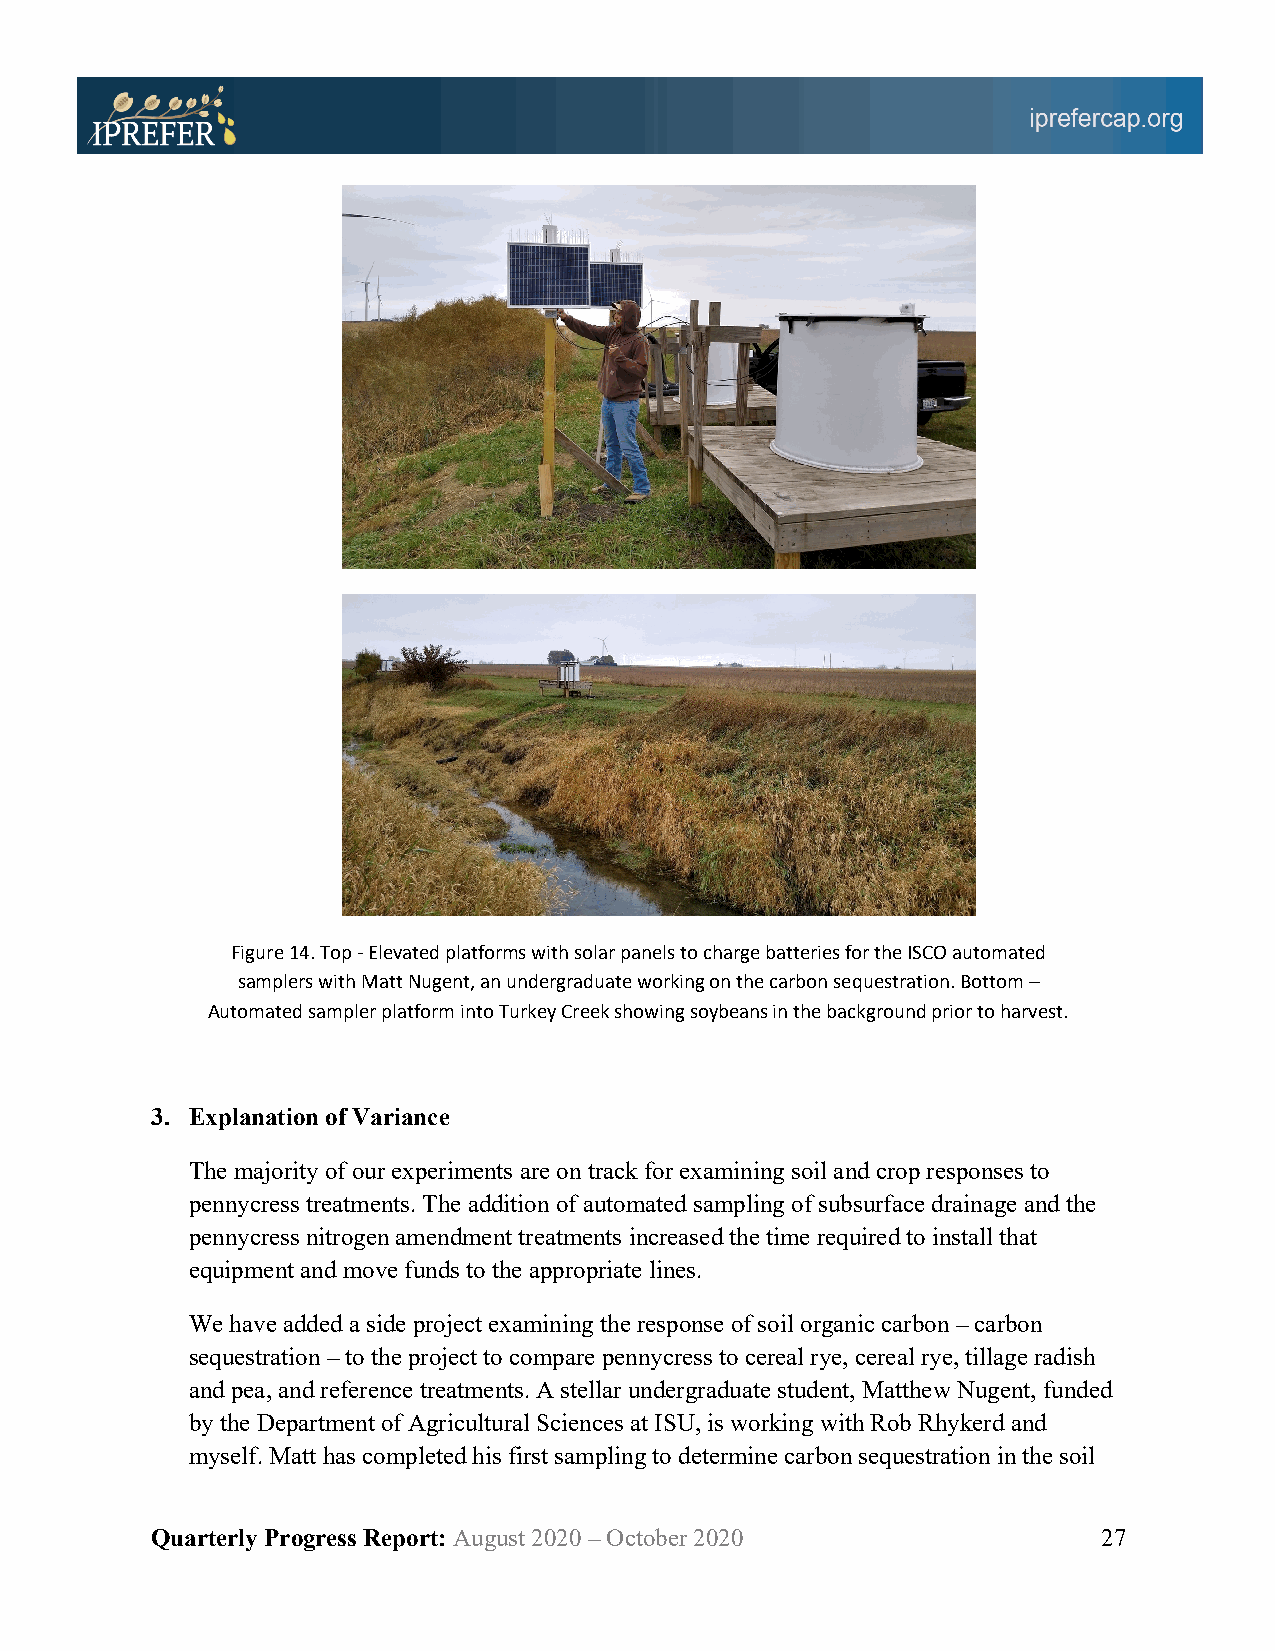
Figure 14. Top - Elevated platforms with solar panels to charge batteries for the ISCO automated
 samplers with Matt Nugent, an undergraduate working on the carbon sequestration. Bottom –
 Automated sampler platform into Turkey Creek showing soybeans in the background prior to harvest.
 3. Explanation of Variance
 The majority of our experiments are on track for examining soil and crop responses to
 pennycress treatments. The addition of automated sampling of subsurface drainage and the
 pennycress nitrogen amendment treatments increased the time required to install that
 equipment and move funds to the appropriate lines.
 We have added a side project examining the response of soil organic carbon – carbon
 sequestration – to the project to compare pennycress to cereal rye, cereal rye, tillage radish
 and pea, and reference treatments. A stellar undergraduate student, Matthew Nugent, funded
 by the Department of Agricultural Sciences at ISU, is working with Rob Rhykerd and
 myself. Matt has completed his first sampling to determine carbon sequestration in the soil
 Quarterly Progress Report: August 2020 – October 2020          27